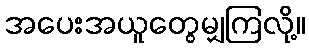
အပေးအယူတွေမျှကြလို့။